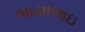
ભાયાભાઇ